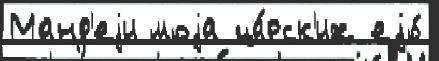
Манд'еjи моjа ца́рск'их еjо́